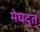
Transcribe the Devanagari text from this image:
मेघदुत्